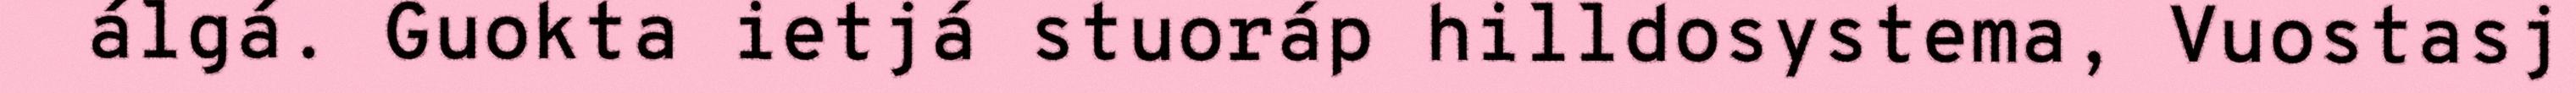
álgá. Guokta ietjá stuoráp hilldosystema, Vuostasj